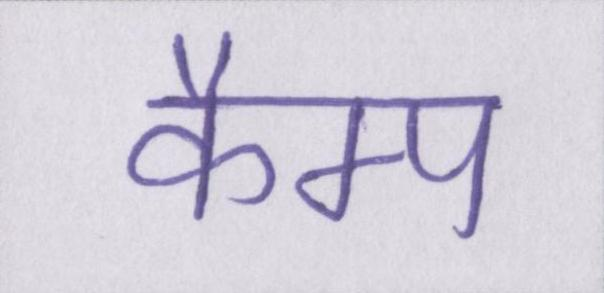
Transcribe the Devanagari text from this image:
कैम्प